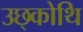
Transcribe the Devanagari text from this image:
उछ्कोथि